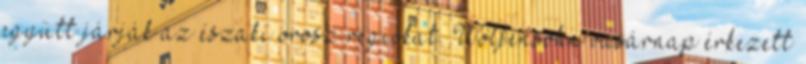
együtt járják az északi orosz régiókat. Wolfensohn vasárnap érkezett